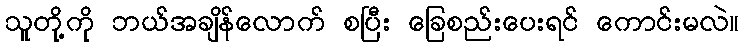
သူတို့ကို ဘယ်အချိန်လောက် စပြီး ခြေစည်းပေးရင် ကောင်းမလဲ။